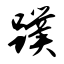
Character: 蹼